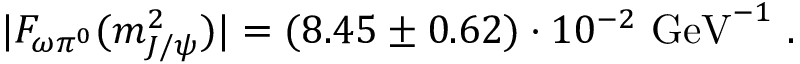
| F _ { \omega \pi ^ { 0 } } ( m _ { J / \psi } ^ { 2 } ) | = ( 8 . 4 5 \pm 0 . 6 2 ) \cdot 1 0 ^ { - 2 } \ \mathrm { G e V } ^ { - 1 } \ .